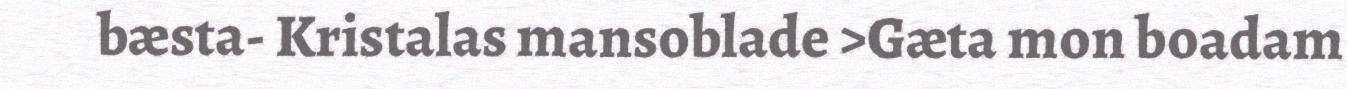
bæsta- Kristalas mansoblade >Gæta mon boadam